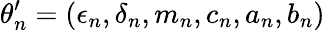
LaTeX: \theta_{n}^{\prime}=(\epsilon_{n},\delta_{n},m_{n},c_{n},a_{n},b_{n})